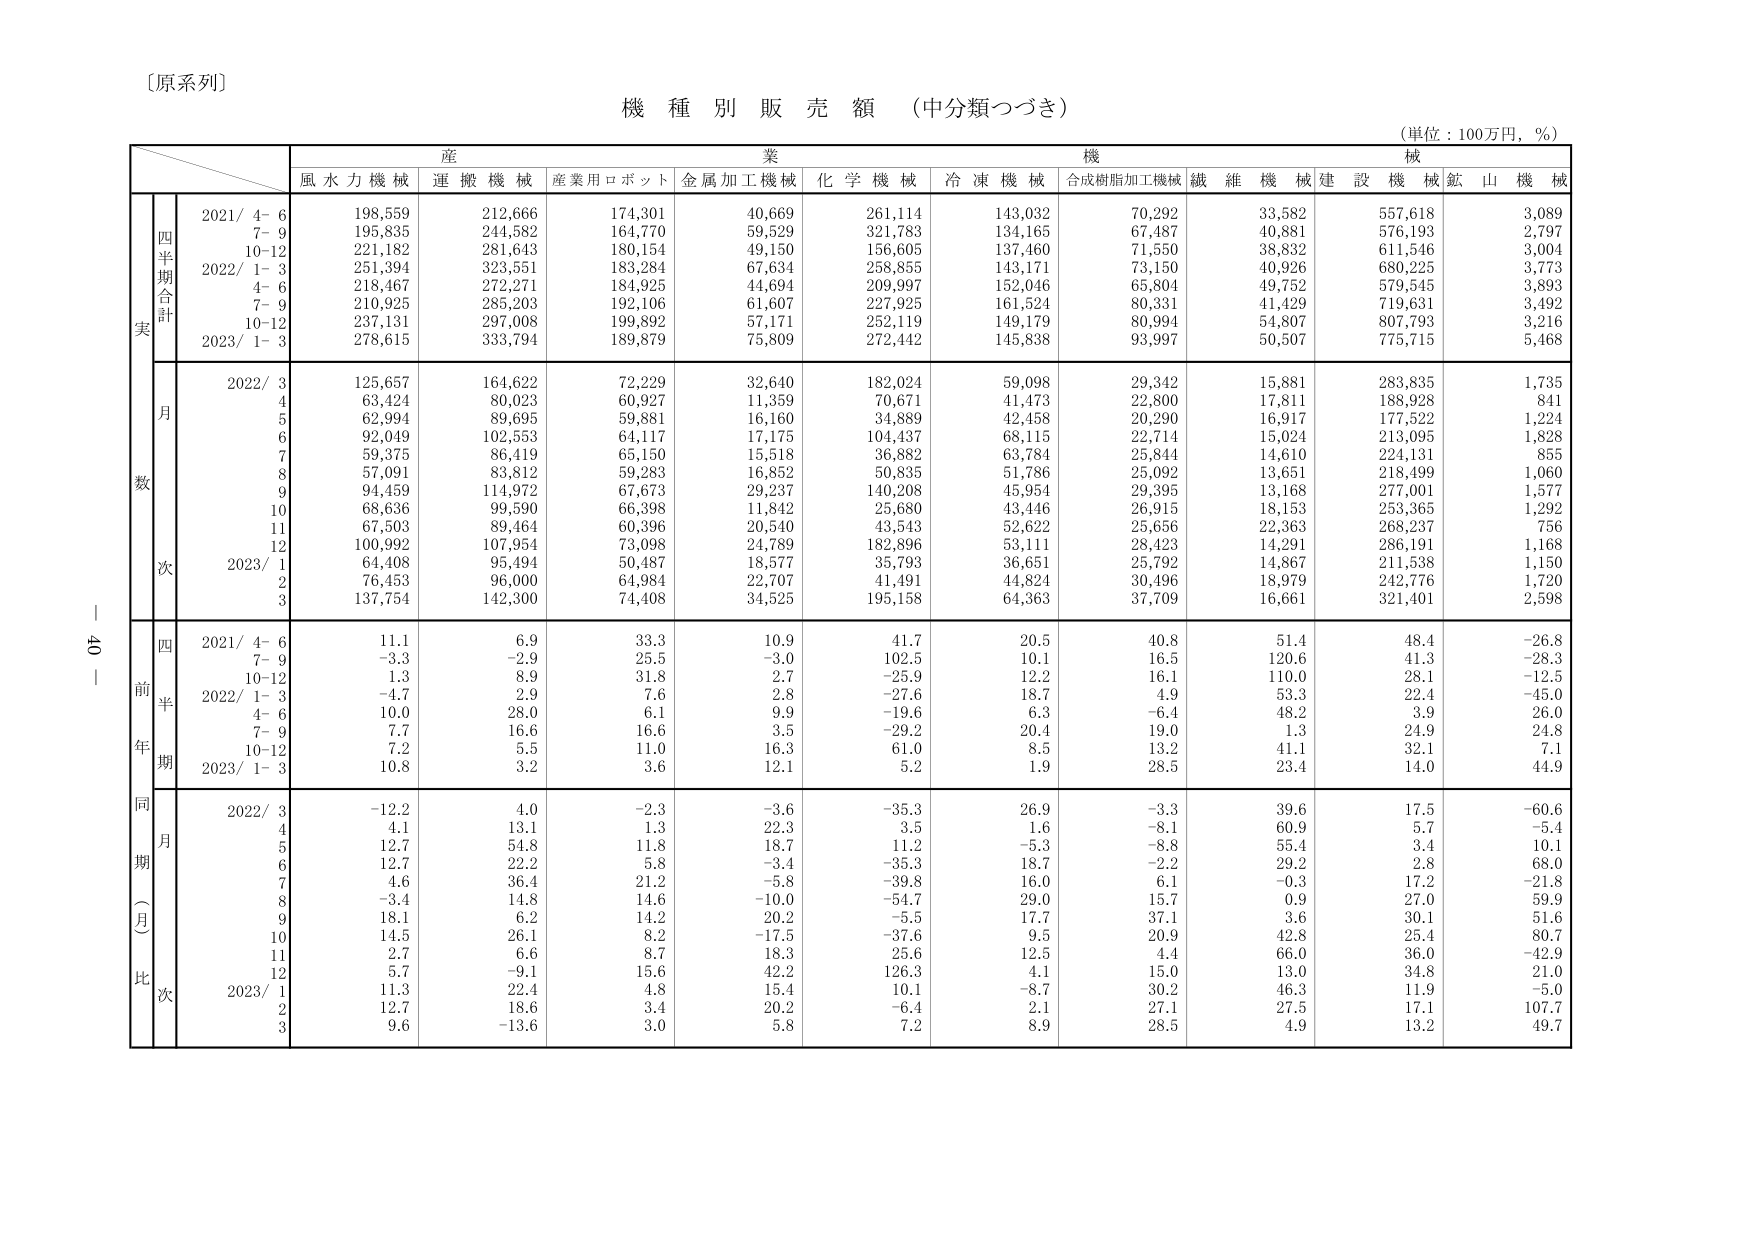
〔原系列〕

機 種 別 販 売 額 （中分類つづき）

（単位：100万円，％）